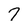
Character: 7